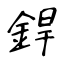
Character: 銲